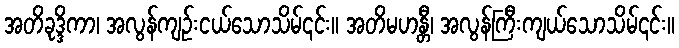
အတိခုဒ္ဒိကာ၊ အလွန်ကျဉ်းငယ်သောသိမ်၎င်း။ အတိမဟန္တီ၊ အလွန်ကြီးကျယ်သောသိမ်၎င်း။